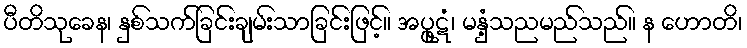
ပီတိသုခေန၊ နှစ်သက်ခြင်းချမ်းသာခြင်းဖြင့်။ အပ္ဖုဋံ၊ မနှံ့သညမည်သည်။ န ဟောတိ၊